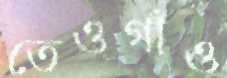
তেওগাঁও